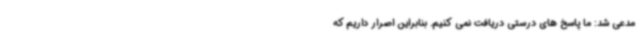
مدعی شد: ما پاسخ های درستی دریافت نمی کنیم. بنابراین اصرار داریم که